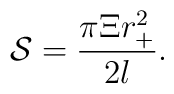
\mathcal{S}=\frac{\pi \Xi r_{+}^2}{2l}.